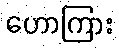
ဟောကြား